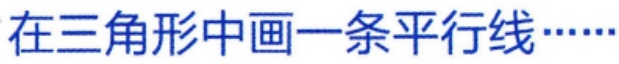
在三角形中画一条平行线……